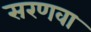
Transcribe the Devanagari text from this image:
सरणवा